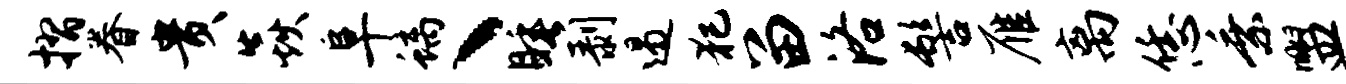
摺眷贵焱阜螭丶睡剥遏犯留洛髻雁离恁乘盥